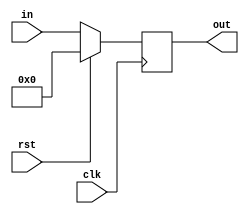
//APSR Register

module apsr(rst, clk, in, out);

input clk, rst;
input [3:0] in;
output reg [3:0] out;


always @(posedge clk) begin
	if(rst) begin
		out <= 0;
		$display("APSR Reset");
		end
	else out <= in; 
	end

endmodule